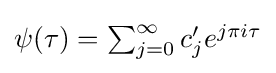
{\textstyle \psi (\tau )=\sum _{j=0}^{\infty }c_{j}'e^{j\pi i\tau }}